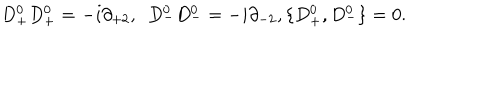
LaTeX: D _ { + } ^ { 0 } D _ { + } ^ { 0 } = - i \partial _ { + 2 } , \ \ D _ { - } ^ { 0 } D _ { - } ^ { 0 } = - i \partial _ { - 2 } , \{ D _ { + } ^ { 0 } , D _ { - } ^ { 0 } \} = 0 .